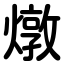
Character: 燉